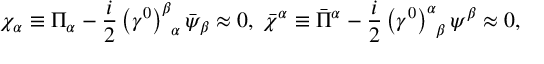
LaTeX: \chi _ { \alpha } \equiv \Pi _ { \alpha } - \frac { i } { 2 } \left( \gamma ^ { 0 } \right) _ { \; \; \alpha } ^ { \beta } \bar { \psi } _ { \beta } \approx 0 , \; \bar { \chi } ^ { \alpha } \equiv \bar { \Pi } ^ { \alpha } - \frac { i } { 2 } \left( \gamma ^ { 0 } \right) _ { \; \; \beta } ^ { \alpha } \psi ^ { \beta } \approx 0 ,